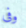
وفى